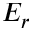
E _ { r }